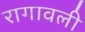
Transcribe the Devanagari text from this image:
रागावली